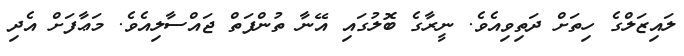
ލައިޒަލްގެ ހިތަށް ދަތިވިއެވެ. ނީރާގެ ބޮލުގައި އޭނާ ތުންފަތް ޖައްސާލިއެވެ. މަޢާފަށް އެދި